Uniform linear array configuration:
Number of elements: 24
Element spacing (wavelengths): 0.5
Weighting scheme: hamming
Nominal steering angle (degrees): -15
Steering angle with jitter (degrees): -15.582
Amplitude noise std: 0.05
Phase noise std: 0.05

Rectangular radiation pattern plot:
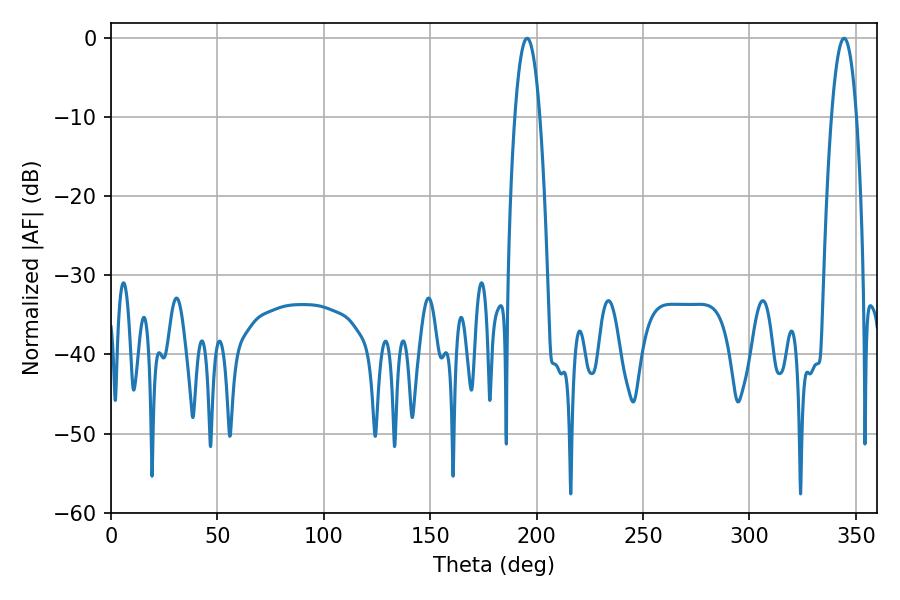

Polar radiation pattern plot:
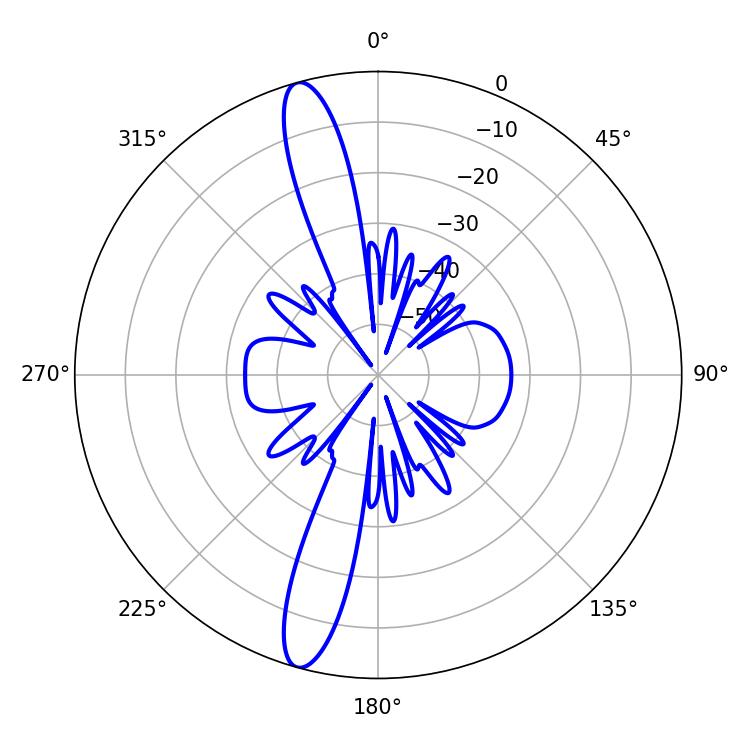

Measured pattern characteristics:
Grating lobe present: FALSE
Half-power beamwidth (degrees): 6.48
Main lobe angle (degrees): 195.48